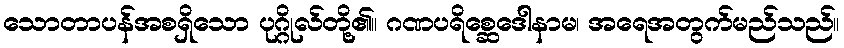
သောတာပန်အစရှိသော ပုဂ္ဂိုလ်တို့၏။ ဂဏပရိစ္ဆေဒေါနာမ၊ အရေအတွက်မည်သည်။